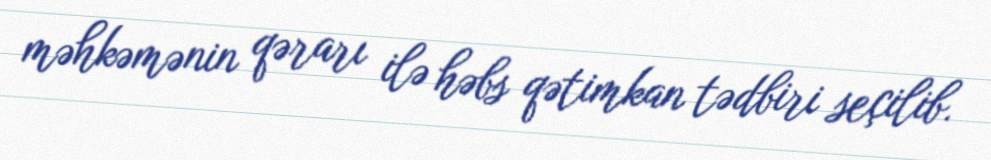
məhkəmənin qərarı ilə həbs qətimkan tədbiri seçilib.